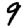
Digit: 9